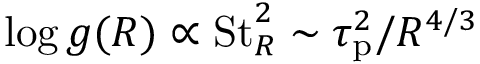
\log g ( R ) \propto \mathrm { S t } _ { R } ^ { 2 } \sim \tau _ { \mathrm { p } } ^ { 2 } / R ^ { 4 / 3 }